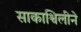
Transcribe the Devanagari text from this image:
साकाश्विलीने